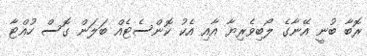
ރޮބާ ބުނީ އޭނާގެ ލޯބިވެރިޔާ އާއި އެކު ކޮންސެޓެއް ބަލަން ގޮސް ހުއްޓާ